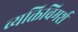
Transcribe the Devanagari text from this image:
व्यक्तिविमर्श